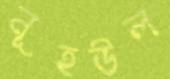
নূহউল